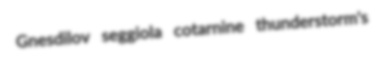
Gnesdilov seggiola cotarnine thunderstorm's